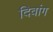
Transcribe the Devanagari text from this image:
दिवांग